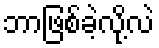
ဘာဖြစ်ခဲ့လို့လဲ